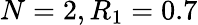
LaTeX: N=2,R_{1}=0.7